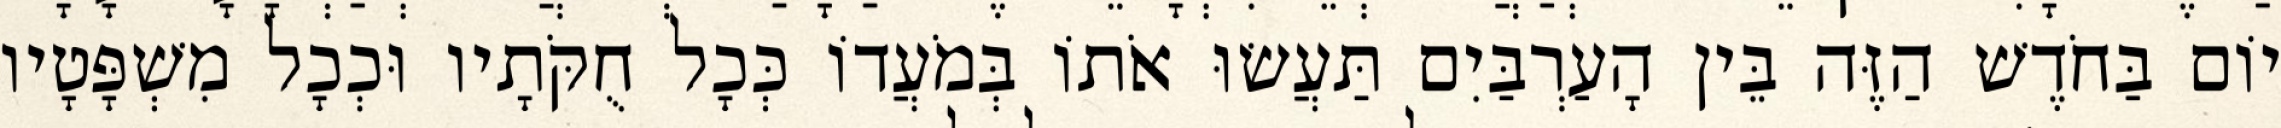
יוֹם בַּחֹדֶשׁ הַזֶּה בֵּין הָעַרְבַּיִם תַּעֲשׂוּ אֹתוֹ בְּמֹעֲדוֹ כְּכָל חֻקֹּתָיו וּכְכָל מִשְׁפָּטָיו